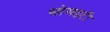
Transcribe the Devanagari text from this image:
सोसइटी